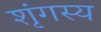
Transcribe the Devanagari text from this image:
शृंगस्य